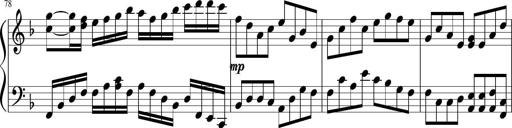
Title: Sonatina in F major
Composer: Ethan Ngo
Key: F major